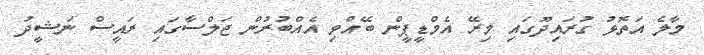
މާލެ އަތޮޅު ގުރައިދޫގައި މިރޭ އެމްޑީޕީން ބޭއްވި އެއްބުރުން ޖަލްސާގައި ރައީސް ނަޝީދު